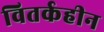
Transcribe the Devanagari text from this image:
वितर्कहीन